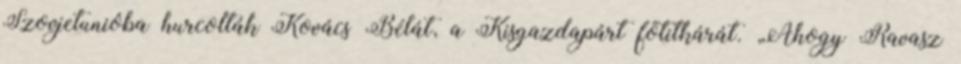
Szovjetunióba hurcolták Kovács Bélát, a Kisgazdapárt főtitkárát. „Ahogy Ravasz